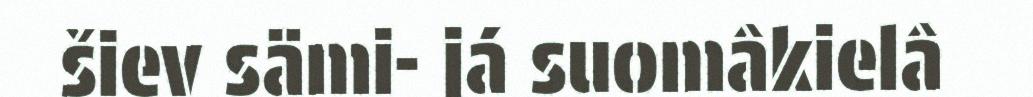
šiev sämi- já suomâkielâ